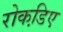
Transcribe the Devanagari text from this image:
रोकडि़ए